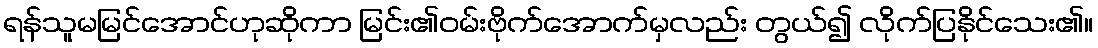
ရန်သူမမြင်အောင်ဟုဆိုကာ မြင်း၏ဝမ်းဗိုက်အောက်မှလည်း တွယ်၍ လိုက်ပြနိုင်သေး၏။